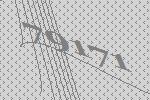
79171